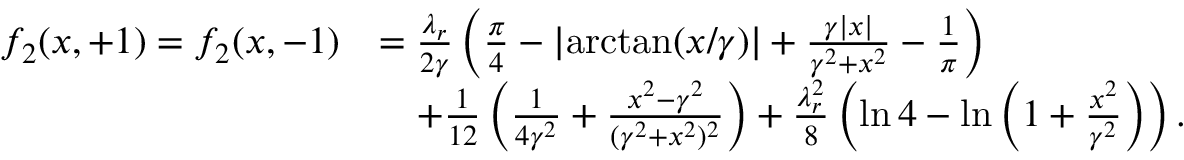
\begin{array} { r l } { f _ { 2 } ( x , + 1 ) = f _ { 2 } ( x , - 1 ) } & { = \frac { \lambda _ { r } } { 2 \gamma } \left( \frac { \pi } { 4 } - \lvert \arctan ( x / \gamma ) \rvert + \frac { \gamma \lvert x \rvert } { \gamma ^ { 2 } + x ^ { 2 } } - \frac { 1 } { \pi } \right) } \\ & { \quad + \frac { 1 } { 1 2 } \left( \frac { 1 } { 4 \gamma ^ { 2 } } + \frac { x ^ { 2 } - \gamma ^ { 2 } } { ( \gamma ^ { 2 } + x ^ { 2 } ) ^ { 2 } } \right) + \frac { \lambda _ { r } ^ { 2 } } { 8 } \left( \ln 4 - \ln \left( 1 + \frac { x ^ { 2 } } { \gamma ^ { 2 } } \right) \right) . } \end{array}